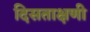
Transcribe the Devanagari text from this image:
दिसताक्षणी